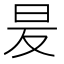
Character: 𭥒